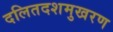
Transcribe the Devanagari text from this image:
दलितदशमुखरण